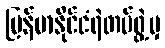
မြန်မာနိုင်ငံရဲတပ်ဖွဲ့မှ